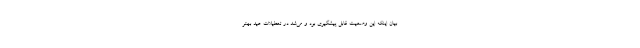
بیان اینکه این وضعیت قابل پیشگیری بود و می‌شد در تعطیلات عید بهتر